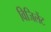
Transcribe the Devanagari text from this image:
विजिलेंट